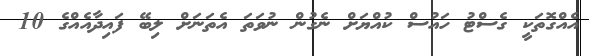
އެއްގޮތަކީ ގެސްޓު ހައުސް ކުއްޔަށް ނެގުން ނުވަތަ އެތަނަށް ލިބޭ ފައިދާއެއްގެ 10